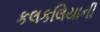
કલકલિયાની